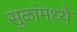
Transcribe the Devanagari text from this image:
सुळांमध्ये